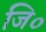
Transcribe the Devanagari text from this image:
जि०